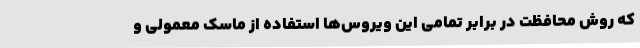
که روش محافظت در برابر تمامی این ویروس‌ها استفاده از ماسک معمولی و